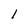
Character: l